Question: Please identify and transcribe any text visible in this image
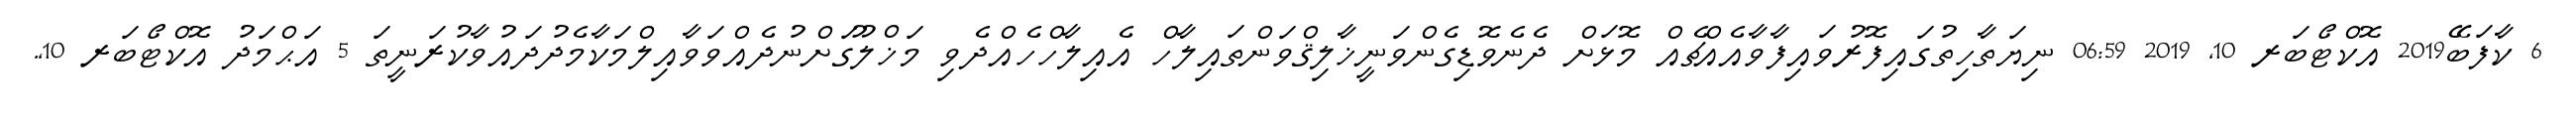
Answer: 6 ކާފަބޭ2019 އޮކްޓޯބަރ 10, 2019 06:59 ނިޔަތާހިތުގައިފޮރުވައިފާވާއެއްޗެއް މޮޅަށް ދެނެވޮޑިގެންވަނީޚާލިޤްވަންތައިލާހް އެއިލާހްހެއްދެވި މަޚްލޫގަށްނުދެއްވަވާއިލްމަކާމެދުދައުވާކުރަނީތަ 5 އަޙްމަދު އޮކްޓޯބަރ 10,.